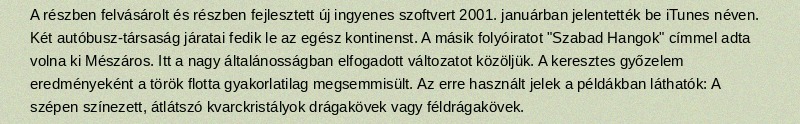
A részben felvásárolt és részben fejlesztett új ingyenes szoftvert 2001. januárban jelentették be iTunes néven. Két autóbusz-társaság járatai fedik le az egész kontinenst. A másik folyóiratot "Szabad Hangok" címmel adta volna ki Mészáros. Itt a nagy általánosságban elfogadott változatot közöljük. A keresztes győzelem eredményeként a török flotta gyakorlatilag megsemmisült. Az erre használt jelek a példákban láthatók: A szépen színezett, átlátszó kvarckristályok drágakövek vagy féldrágakövek.